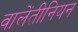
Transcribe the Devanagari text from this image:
वालेंतीनियन